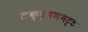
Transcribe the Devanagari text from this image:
लक्ष्मणभट्ट